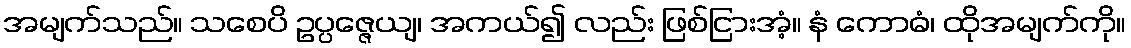
အမျက်သည်။ သစေပိ ဥပ္ပဇ္ဇေယျ၊ အကယ်၍ လည်း ဖြစ်ငြားအံ့။ နံ ကောဓံ၊ ထိုအမျက်ကို။